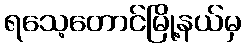
ရသေ့တောင်မြို့နယ်မှ